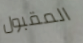
المقبول